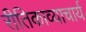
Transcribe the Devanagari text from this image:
रीतिकाव्याचार्य